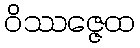
ဝိဿဇ္ဇေထ